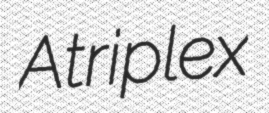
Atriplex